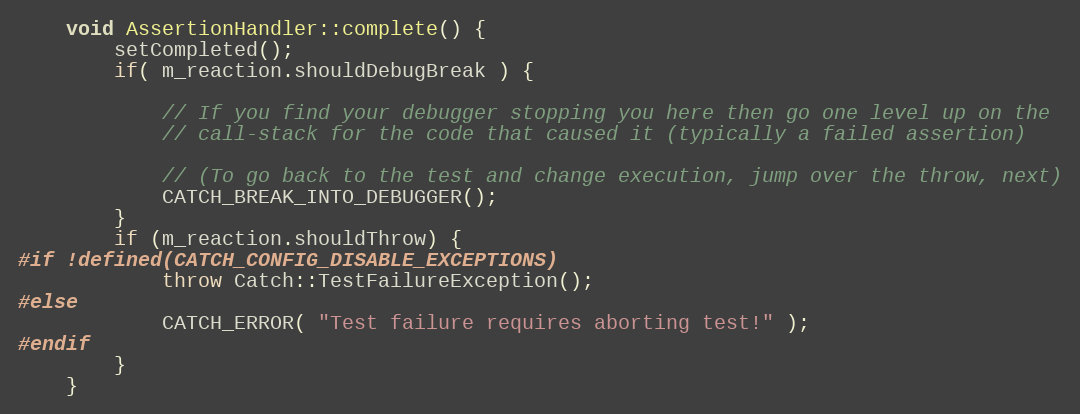
Language: C++
    void AssertionHandler::complete() {
        setCompleted();
        if( m_reaction.shouldDebugBreak ) {

            // If you find your debugger stopping you here then go one level up on the
            // call-stack for the code that caused it (typically a failed assertion)

            // (To go back to the test and change execution, jump over the throw, next)
            CATCH_BREAK_INTO_DEBUGGER();
        }
        if (m_reaction.shouldThrow) {
#if !defined(CATCH_CONFIG_DISABLE_EXCEPTIONS)
            throw Catch::TestFailureException();
#else
            CATCH_ERROR( "Test failure requires aborting test!" );
#endif
        }
    }